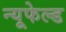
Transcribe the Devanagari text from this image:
न्यूफेल्ड